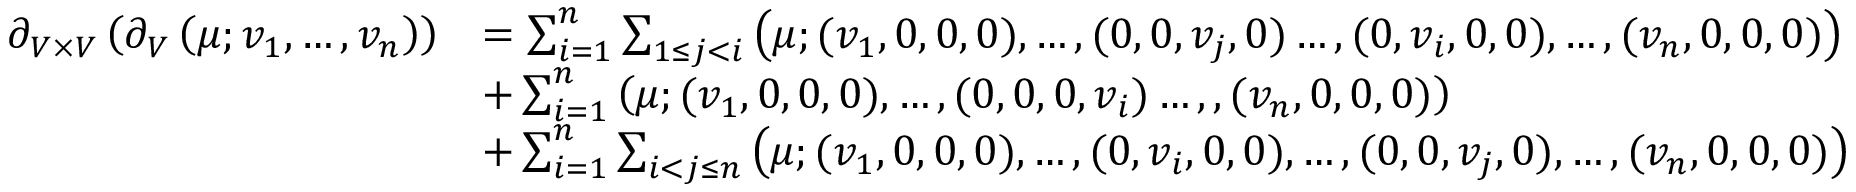
\begin{array} { r l } { \partial _ { V \times V } \left( \partial _ { V } \left( \mu ; v _ { 1 } , \hdots , v _ { n } \right) \right) } & { = \sum _ { i = 1 } ^ { n } \sum _ { 1 \leq j < i } \left( \mu ; ( v _ { 1 } , 0 , 0 , 0 ) , \hdots , ( 0 , 0 , v _ { j } , 0 ) \hdots , ( 0 , v _ { i } , 0 , 0 ) , \hdots , ( v _ { n } , 0 , 0 , 0 ) \right) } \\ & { + \sum _ { i = 1 } ^ { n } \left( \mu ; ( v _ { 1 } , 0 , 0 , 0 ) , \hdots , ( 0 , 0 , 0 , v _ { i } ) \hdots , , ( v _ { n } , 0 , 0 , 0 ) \right) } \\ & { + \sum _ { i = 1 } ^ { n } \sum _ { i < j \leq n } \left( \mu ; ( v _ { 1 } , 0 , 0 , 0 ) , \hdots , ( 0 , v _ { i } , 0 , 0 ) , \hdots , ( 0 , 0 , v _ { j } , 0 ) , \hdots , ( v _ { n } , 0 , 0 , 0 ) \right) } \end{array}